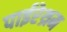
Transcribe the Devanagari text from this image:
पाईरेथ्रम